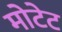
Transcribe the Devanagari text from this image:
मोटेट